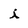
Character: i